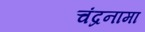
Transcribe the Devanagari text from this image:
चंद्रनामा